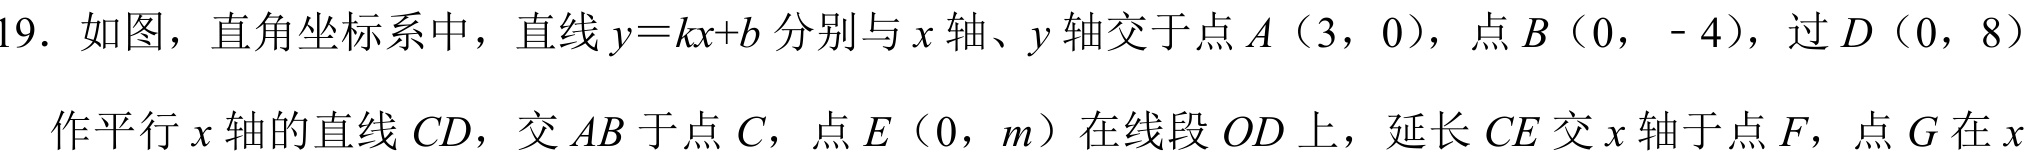
19. 如图，直角坐标系中，直线\(y = kx + b\)分别与\(x\)轴、\(y\)轴交于点\(A\)（3，0），点\(B\)（0， - 4），过\(D\)（0，8）
作平行\(x\)轴的直线\(CD\)，交\(AB\)于点\(C\)，点\(E\)（0，\(m\)）在线段\(OD\)上，延长\(CE\)交\(x\)轴于点\(F\)，点\(G\)在\(x\)